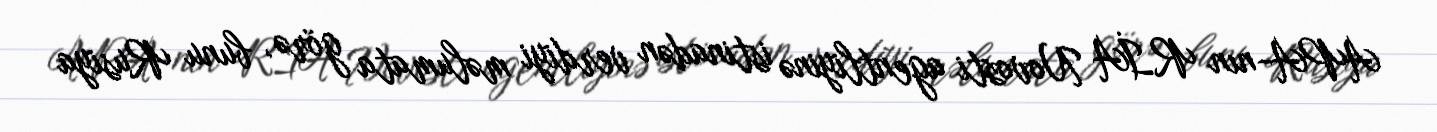
APA-nın RİA Novosti agentliyinə istinadən verdiyi məlumata görə, bunu Rusiya